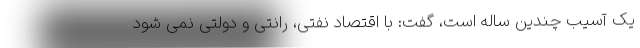
یک آسیب چندین ساله است، گفت: با اقتصاد نفتی، رانتی و دولتی نمی شود